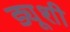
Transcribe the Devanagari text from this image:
ड्यूशी